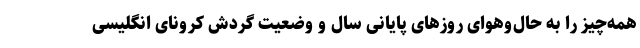
همه‌چیز را به حال‌وهوای روزهای پایانی سال و وضعیت گردش کرونای انگلیسی